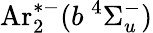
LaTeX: \mathrm{Ar}_{2}^{*-}(b\ ^{4}\Sigma_{u}^{-})